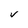
Character: V